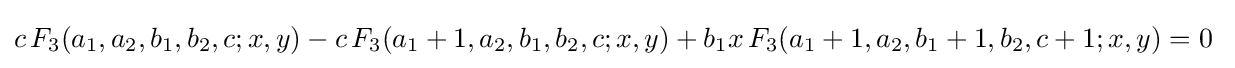
c\,F_{3}(a_{1},a_{2},b_{1},b_{2},c;x,y)-c\,F_{3}(a_{1}+1,a_{2},b_{1},b_{2},c;x,y)+b_{1}x\,F_{3}(a_{1}+1,a_{2},b_{1}+1,b_{2},c+1;x,y)=0~